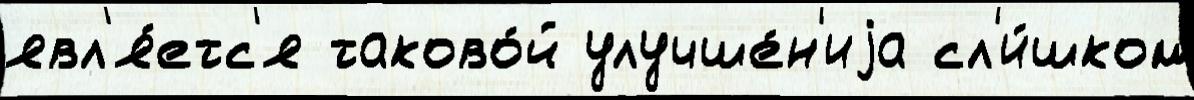
явл'я́етс'я таково́й улучше́н'иjа сл'и́шком